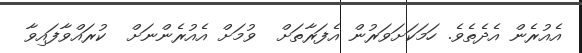
އެއުރެން އެދެތެވެ. ހަމަކަށަވަރުން އެފަރާތަށް  ވުމަށް އެއުރެންނަށް  ކުރައްވާފައިވާ